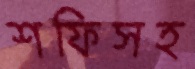
শফিসহ